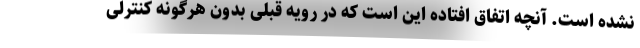
نشده است. آنچه اتفاق افتاده این است که در رویه قبلی بدون هرگونه کنترلی